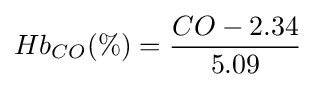
Hb_{CO}(\%)={\frac {CO-2.34}{5.09}}